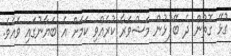
ގުޅޭ ގޮތުން ދެ ބޭފުޅުން މަޝްވަރާ ކުރެއްވި ކަމަށް އެ ބަޔާނުގައި ވެއެވެ.